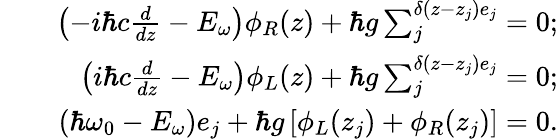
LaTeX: \begin{array}{rlr}&{}&{\big({-i\hbar c\frac{d}{{dz}}-{E_{\omega}}}\big){\phi_{R}}(z)+\hbar g\sum_{j}^{\delta(z-{z_{j}}){e_{j}}}=0;}\\ &{}&{\big({i\hbar c\frac{d}{{dz}}-{E_{\omega}}}\big){\phi_{L}}(z)+\hbar g\sum_{j}^{\delta(z-{z_{j}}){e_{j}}}=0;}\\ &{}&{(\hbar{\omega_{0}}-{E_{\omega}}){e_{j}}+\hbar g\left[{{\phi_{L}}({z_{j}})+{\phi_{R}}({z_{j}})}\right]=0.}\end{array}